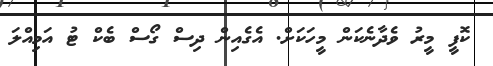
ކޮފީ މީރު ވެދާނެކަން މީހަކަށް. އެގެއިން ދިސް ގޯސް ބެކް ޓު އަމިއްލަ